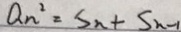
a _ { n } ^ { 2 } = S _ { n } + S _ { n - 1 }